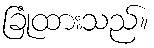
ခြုံထားသည်။